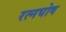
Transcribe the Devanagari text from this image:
रत्नघोष